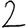
Digit: 2